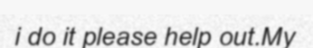
i do it please help out.My